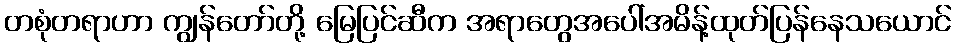
တစုံတရာဟာ ကျွန်တော်တို့ မြေပြင်ဆီက အရာတွေအပေါ်အမိန့်ထုတ်ပြန်နေသယောင်